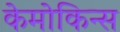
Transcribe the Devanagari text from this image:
केमोकिन्स